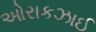
ઓરાકઝાઈ